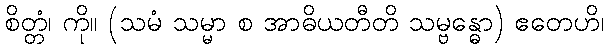
စိတ္တံ၊ ကို။ (သမံ သမ္မာ စ အာဓိယတီတိ သမ္ဗန္ဓော) ဧတေဟိ၊